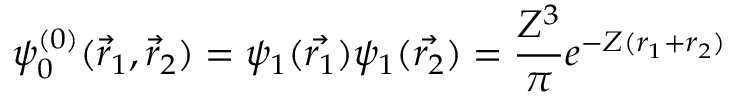
\psi _ { 0 } ^ { ( 0 ) } ( { \vec { r } } _ { 1 } , { \vec { r } } _ { 2 } ) = \psi _ { 1 } ( { \vec { r _ { 1 } } } ) \psi _ { 1 } ( { \vec { r _ { 2 } } } ) = { \frac { Z ^ { 3 } } { \pi } } e ^ { - Z ( r _ { 1 } + r _ { 2 } ) }